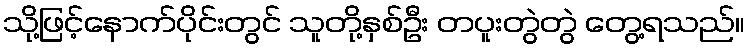
သို့ဖြင့်နောက်ပိုင်းတွင် သူတို့နှစ်ဦး တပူးတွဲတွဲ တွေ့ရသည်။